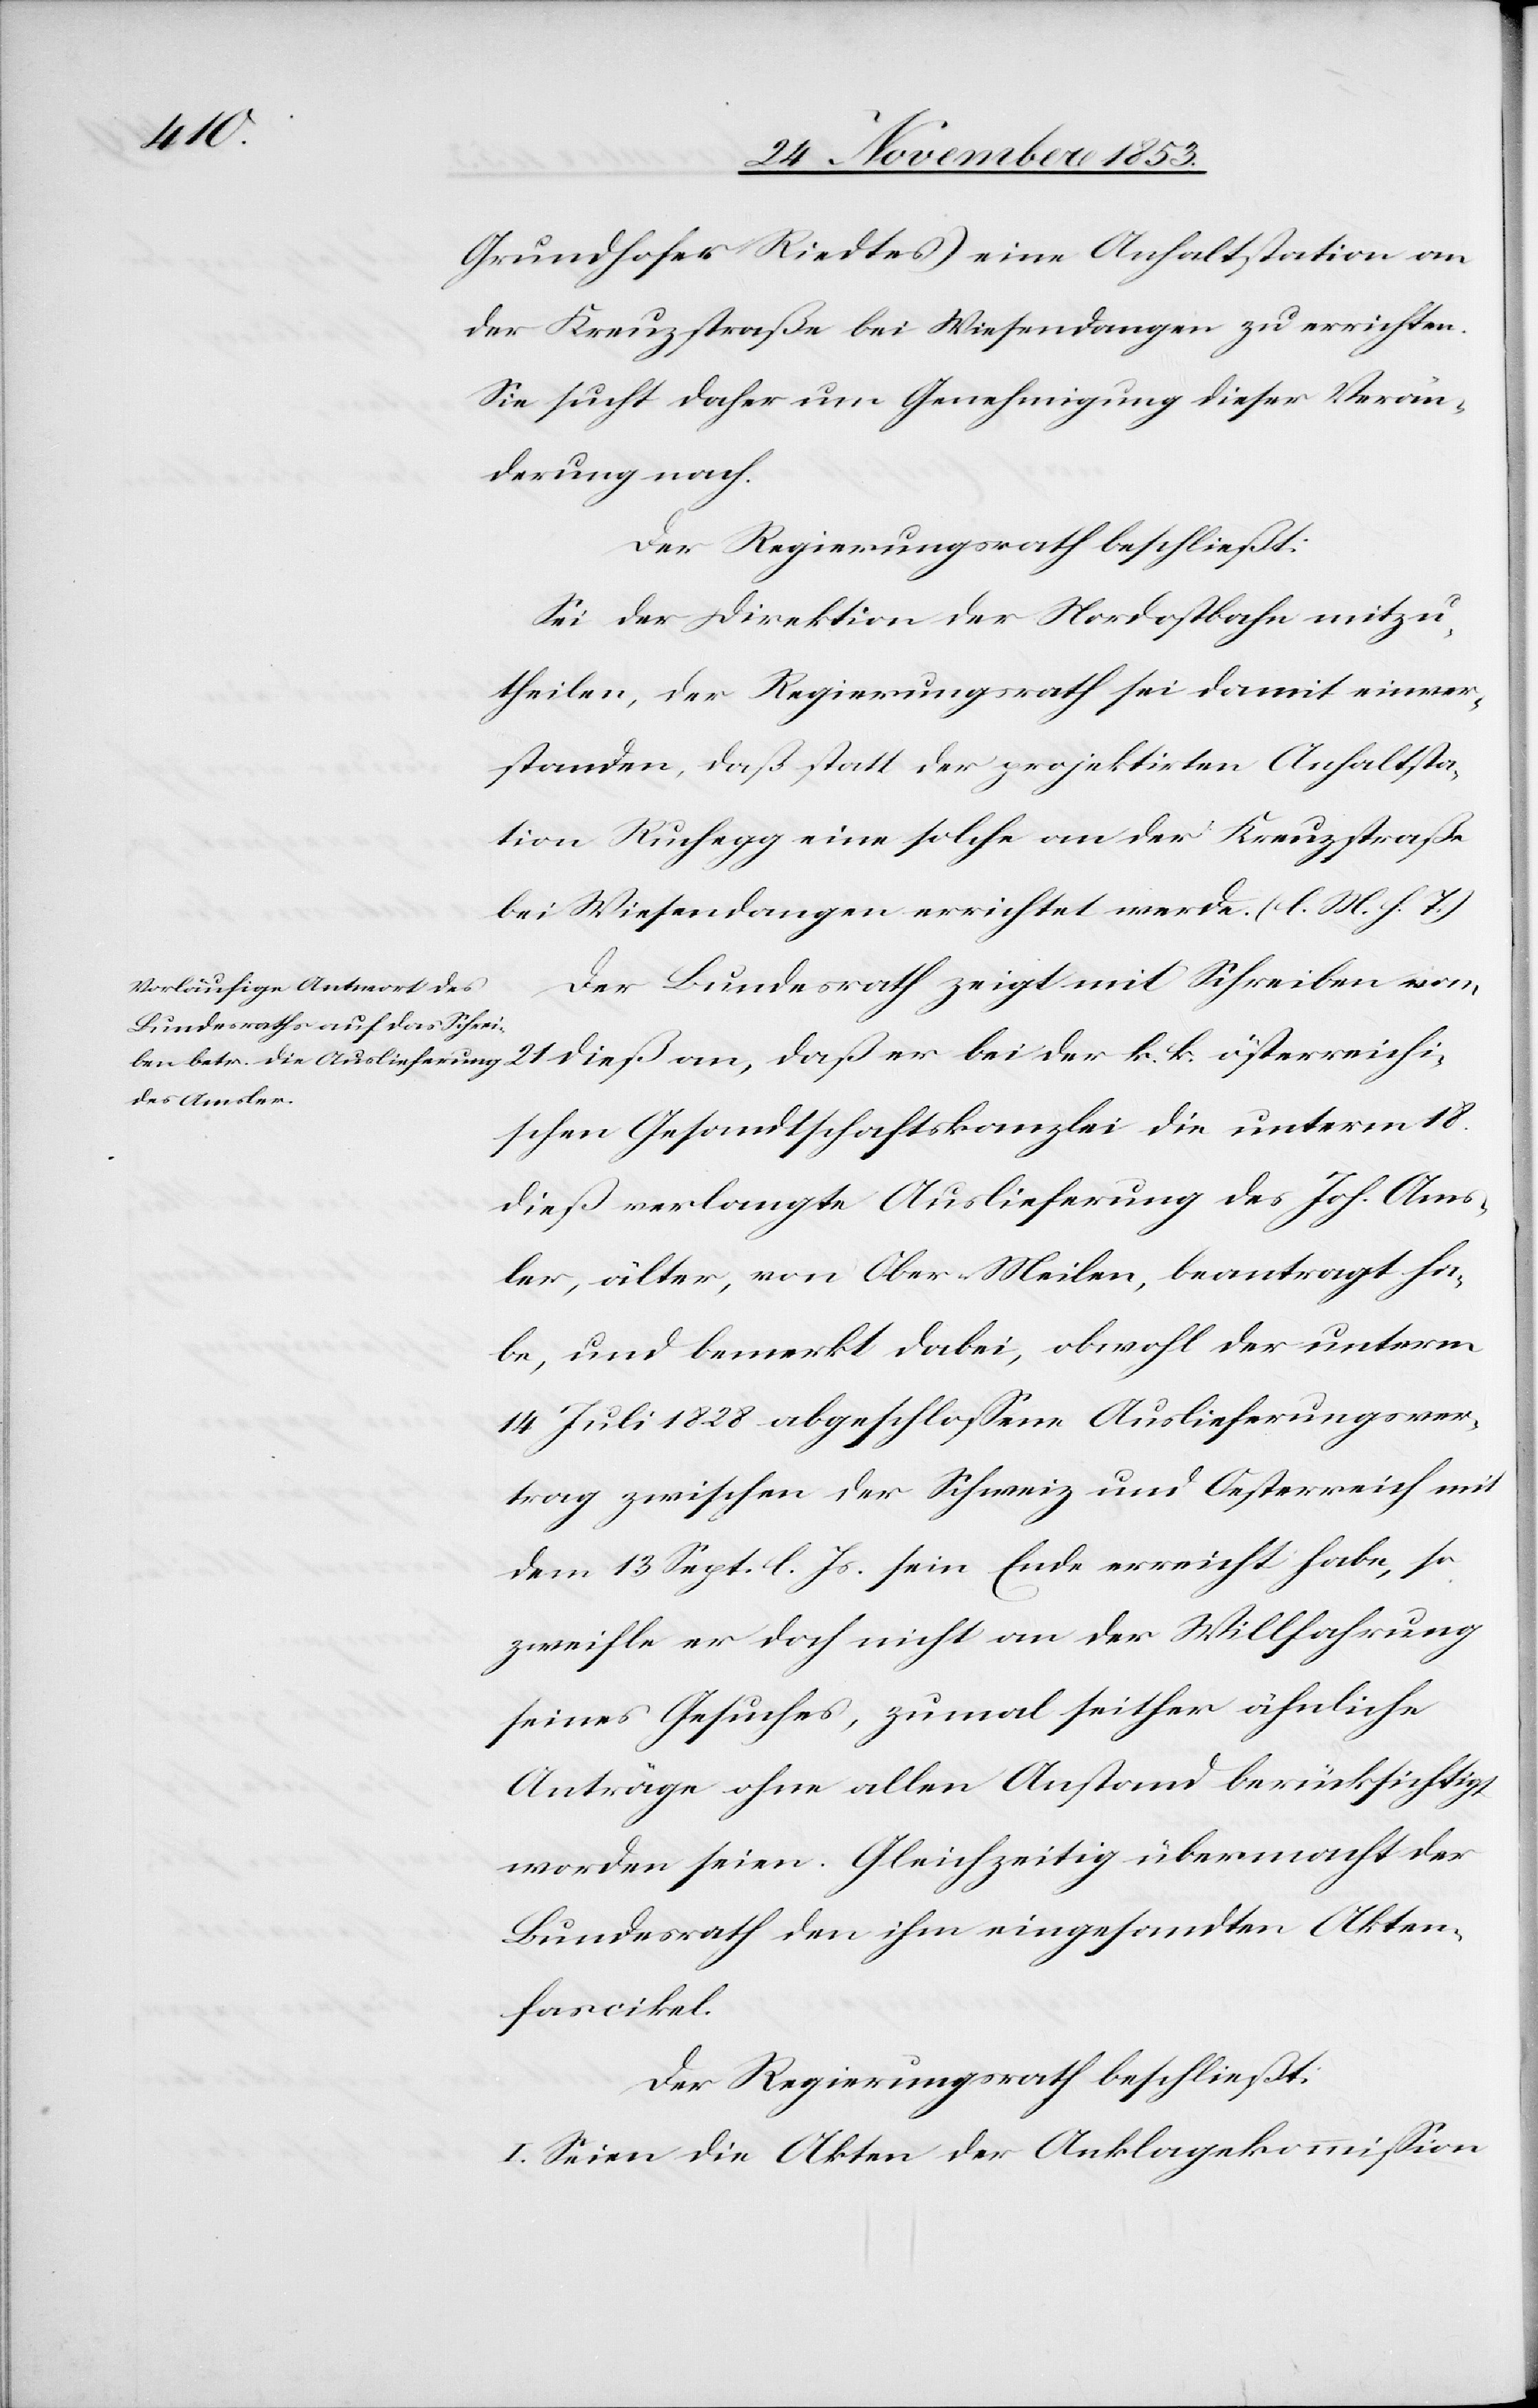
Grundhofes Riedtes) eine Anhaltstation an
der Kreuzstraße bei Wiesendangen zu entrichten.
Sie sucht daher um Genehmigung dieser Verän¬
derung nach.
Der Regierungsrath beschließt:
Sei der Direktion der Nordostbahn mitzu¬
theilen, der Regierungsrath sei damit einver¬
standen, daß statt der projektirten Anhaltsta¬
tion Ruchegg eine solche an der Kreuzstraße
bei Wiesendangen errichtet werde. [l. M. h. T]
Der Bundesrath zeigt mit Schreiben vom
schen Gesandtschaftskanzlei die unterm 18
dieß verlangte Auslieferung des Joh. Ams¬
ler, älter, von Ober-Meilen, beantragt ha¬
be, und bemerkt dabei, obwohl der unterm
14 Juli 1828 abgeschloßene Auslieferungsver¬
trag zwischen der Schweiz und Oesterreich mit
dem 13 Sept. l. Js. sein Ende erreicht habe, so
zweifle er doch nicht an der Willfahrung
seines Gesuches, zumal seither ähnliche
Anträge ohne allen Anstand berücksichtigt
worden seien. Gleichzeitig übermacht der
Bundesrath den ihm eingesandten Akten¬
fascikel.
Der Regierungsrath beschließt:
I. Seien die Akten der Anklagekommißion